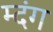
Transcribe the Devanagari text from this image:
म्दंग